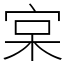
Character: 宲